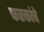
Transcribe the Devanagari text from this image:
फरकांचे